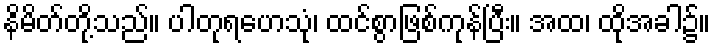
နိမိတ်တို့သည်။ ပါတုရဟေသုံ၊ ထင်စွာဖြစ်ကုန်ပြီး။ အထ၊ ထိုအခါ၌။